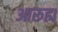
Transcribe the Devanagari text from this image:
आरुह्य